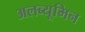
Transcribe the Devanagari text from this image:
अलब्यूमिन